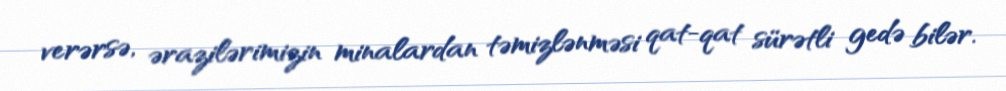
verərsə, ərazilərimizin minalardan təmizlənməsi qat-qat sürətli gedə bilər.